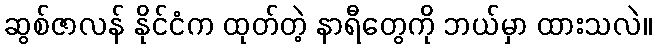
ဆွစ်ဇာလန် နိုင်ငံက ထုတ်တဲ့ နာရီတွေကို ဘယ်မှာ ထားသလဲ။